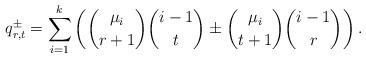
LaTeX: \begin{align*}q^{\pm}_{r,t}=\sum_{i=1}^k\left(\binom{\mu_i}{r+1}\binom{i-1}{t}\pm\binom{\mu_i}{t+1}\binom{i-1}{r}\right).\end{align*}